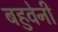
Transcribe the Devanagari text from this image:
बहुवेनी